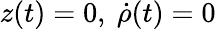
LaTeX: z(t)=0,\ \dot{\rho}(t)=0